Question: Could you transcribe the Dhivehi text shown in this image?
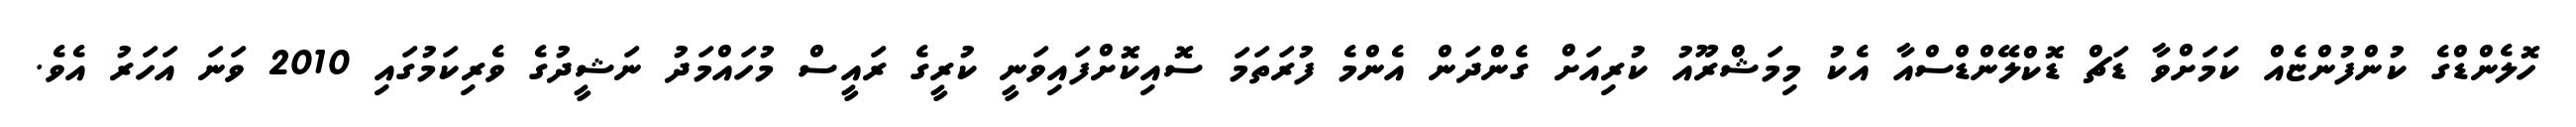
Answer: ހޮލެންޑްގެ ކުންފުންޏެއް ކަމަށްވާ ޑަޗް ޑޮކްލޭންޑްސްއާ އެކު މިމަޝްރޫއު ކުރިއަށް ގެންދަން އެންމެ ފުރަތަމަ ސޮއިކޮށްފައިވަނީ ކުރީގެ ރައީސް މުހައްމަދު ނަޝީދުގެ ވެރިކަމުގައި 2010 ވަނަ އަހަރު އެވެ.